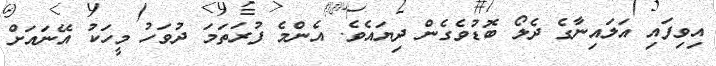
އިވިފައި އަލައިނާގެ ދެލޯ ބޮޑުވެގެން ދިޔައެވެ. އެންމެ ފުރަތަމަ ދުވަހު މީހަކު އޭނައަށް